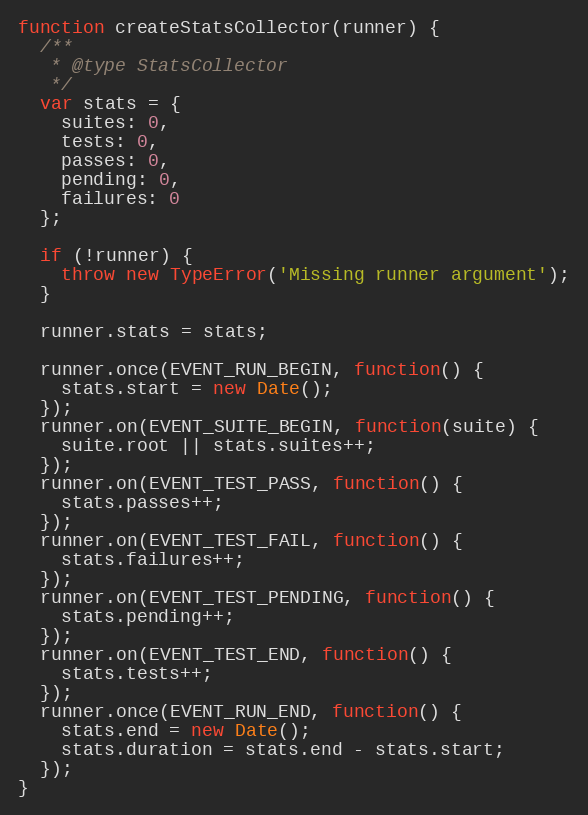
Language: JavaScript
function createStatsCollector(runner) {
  /**
   * @type StatsCollector
   */
  var stats = {
    suites: 0,
    tests: 0,
    passes: 0,
    pending: 0,
    failures: 0
  };

  if (!runner) {
    throw new TypeError('Missing runner argument');
  }

  runner.stats = stats;

  runner.once(EVENT_RUN_BEGIN, function() {
    stats.start = new Date();
  });
  runner.on(EVENT_SUITE_BEGIN, function(suite) {
    suite.root || stats.suites++;
  });
  runner.on(EVENT_TEST_PASS, function() {
    stats.passes++;
  });
  runner.on(EVENT_TEST_FAIL, function() {
    stats.failures++;
  });
  runner.on(EVENT_TEST_PENDING, function() {
    stats.pending++;
  });
  runner.on(EVENT_TEST_END, function() {
    stats.tests++;
  });
  runner.once(EVENT_RUN_END, function() {
    stats.end = new Date();
    stats.duration = stats.end - stats.start;
  });
}